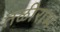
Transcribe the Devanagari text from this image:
तळीराम